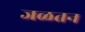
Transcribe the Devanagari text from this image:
जळतन